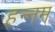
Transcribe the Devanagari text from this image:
हन्नम